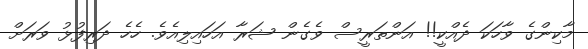
މާކިންގެ ވާހަކަ ދެއްކީ!! އަންތަރީސް ވެގެން ޝަރާ އަހައިލިއެވެ. ހެހެ ދަރިފުޅު ވަރަށް